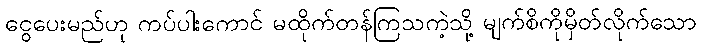
ငွေပေးမည်ဟု ကပ်ပါးကောင် မထိုက်တန်ကြသကဲ့သို့ မျက်စိကိုမှိတ်လိုက်သော